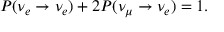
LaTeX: P ( \nu _ { e } \rightarrow \nu _ { e } ) + 2 P ( \nu _ { \mu } \rightarrow \nu _ { e } ) = 1 .